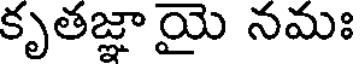
కృతజ్ఞాయై నమః